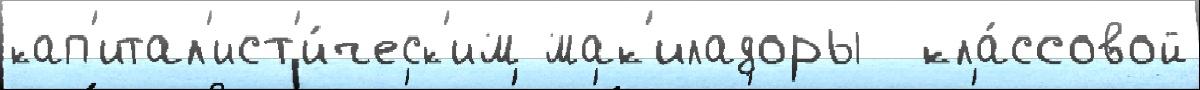
кап'итал'ист'и́ческ'им мак'иладоры  кла́ссовой